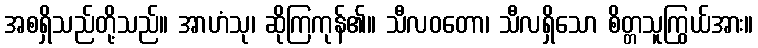
အစရှိသည်တို့သည်။ အာဟံသု၊ ဆိုကြကုန်၏။ သီလဝတော၊ သီလရှိသော စိတ္တသူကြွယ်အား။